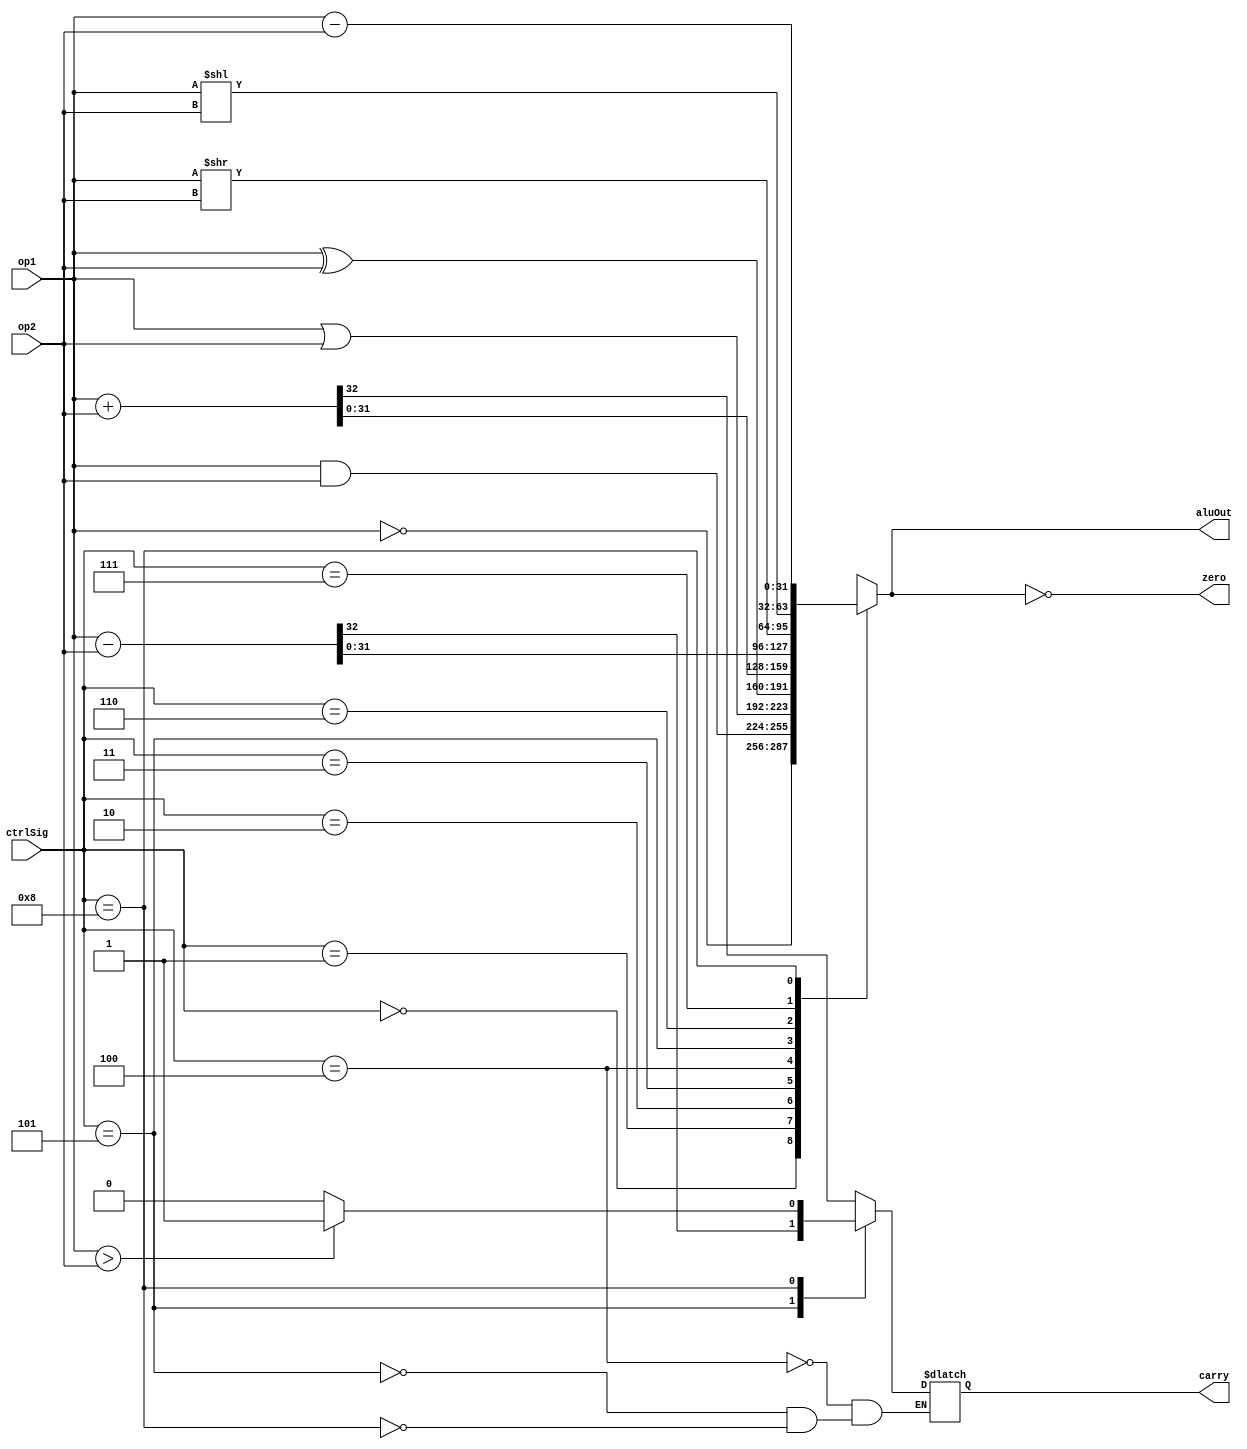
module Alu #(parameter Width = 32)
(
    input [3:0] ctrlSig,
    input [Width-1:0] op1, op2,
    output reg [Width-1:0] aluOut,
    output reg carry,
    output reg zero
);

initial
begin
    zero = 0;
    carry = 0;
end

always @(*)
begin
    case(ctrlSig)
        4'b0000: aluOut <= ~op1;
        4'b0001: aluOut <= op1 & op2; 
        4'b0010: aluOut <= op1 | op2; 
        4'b0011: aluOut <= op1 ^ op2; 
        4'b0100: {carry, aluOut} <= op1 + op2; 
        4'b0101: {carry, aluOut} <= op1 - op2; 
        4'b0110: aluOut <= op1 >> op2; 
        4'b0111: aluOut <= op1 << op2;
        4'b1000: 
        begin
            aluOut <= op1 - op2;
            carry <= (op1 > op2 ? 1 : 0);
        end

        default: aluOut <= 32'bx;
    endcase
    zero = aluOut == 0;
end

endmodule

/*
        Control Signals 
    ------------------------
    0000 -> not  0110 -> rs
    0001 -> and  0111 -> ls
    0010 -> or   1000 -> cmp
    0011 -> xor  
    0100 -> add
    0101 -> sub
 */